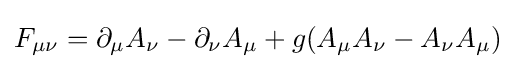
F_{\mu \nu }=\partial _{\mu }A_{\nu }-\partial _{\nu }A_{\mu }+g(A_{\mu }A_{\nu }-A_{\nu }A_{\mu })